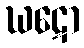
ဃဋော